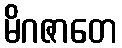
မိဂဇာတေ